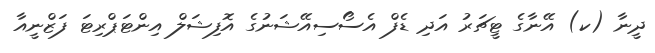
ދީނާ (ކ) އޭނާގެ ޓީޗަރު އަދި ޑެފް އެސޯސިއޭޝަނުގެ އޮފިޝަލް އިންޓަޕްރިޓަ ފަޒްނީއާ